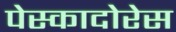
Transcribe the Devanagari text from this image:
पेस्कादोरेस